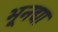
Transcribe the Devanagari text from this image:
भूनद्या